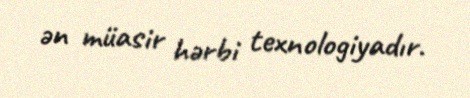
ən müasir hərbi texnologiyadır.